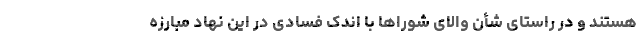
هستند و در راستای شأن والای شوراها با اندک فسادی در این نهاد مبارزه